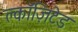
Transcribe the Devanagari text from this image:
क्लॉज़िटेड